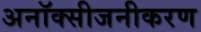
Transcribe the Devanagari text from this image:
अनॉक्सीजनीकरण